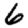
Digit: 6